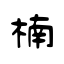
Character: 楠